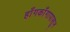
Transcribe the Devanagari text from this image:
हाँगकाँगापासून